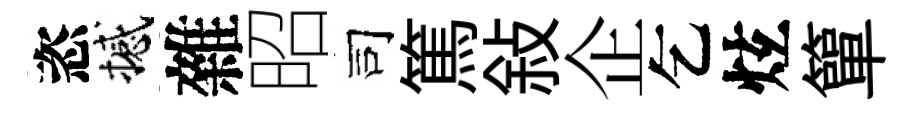
恣撼雜昭司篤敍企乞炫簞